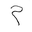
Letter: _mim